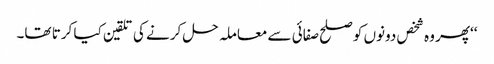
‘‘پھر وہ شخص دونوں کو صلح صفائی سے معاملہ حل کرنے کی تلقین کیا کرتا تھا۔